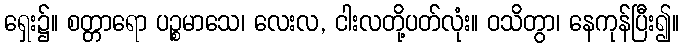
ရှေး၌။ စတ္တာရော ပဉ္စမာသေ၊ လေးလ, ငါးလတို့ပတ်လုံး။ ဝသိတွာ၊ နေကုန်ပြီး၍။